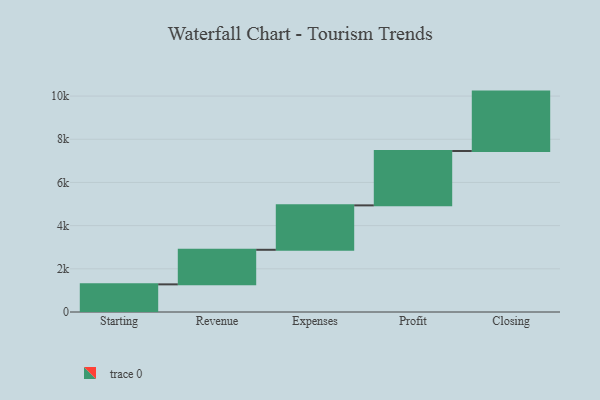
{"axis": {"x": "Step", "y": "Value"}, "legend": [""], "data": [{"x": "Starting", "y": 1280.0, "type": ""}, {"x": "Revenue", "y": 1601.0, "type": ""}, {"x": "Expenses", "y": 2057.0, "type": ""}, {"x": "Profit", "y": 2519.0, "type": ""}, {"x": "Closing", "y": 2750.0, "type": ""}]}